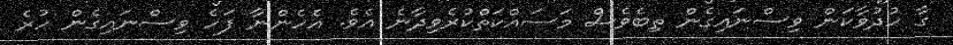
ގާ ހުދުވާކަން ވިސްނައިގެން ތިބެވެސް މަސައްކަތްކުރެވިދާނެ އެވެ. އެހެންނާ ފަހެ ވިސްނައިގެން ހުރެ